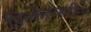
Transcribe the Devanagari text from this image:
फ़िकेलस्टीन